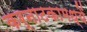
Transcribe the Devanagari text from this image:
कर्नाटकामध्यें